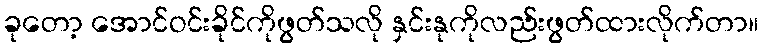
ခုတော့ အောင်ဝင်းခိုင်ကိုဖွတ်သလို နှင်းနုကိုလည်းဖွတ်ထားလိုက်တာ။